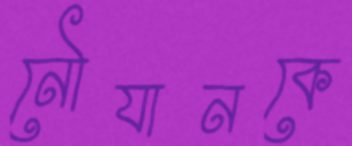
নৌযানকে